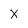
Character: x